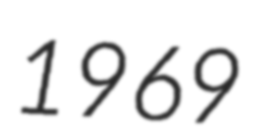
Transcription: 1969